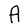
Character: A